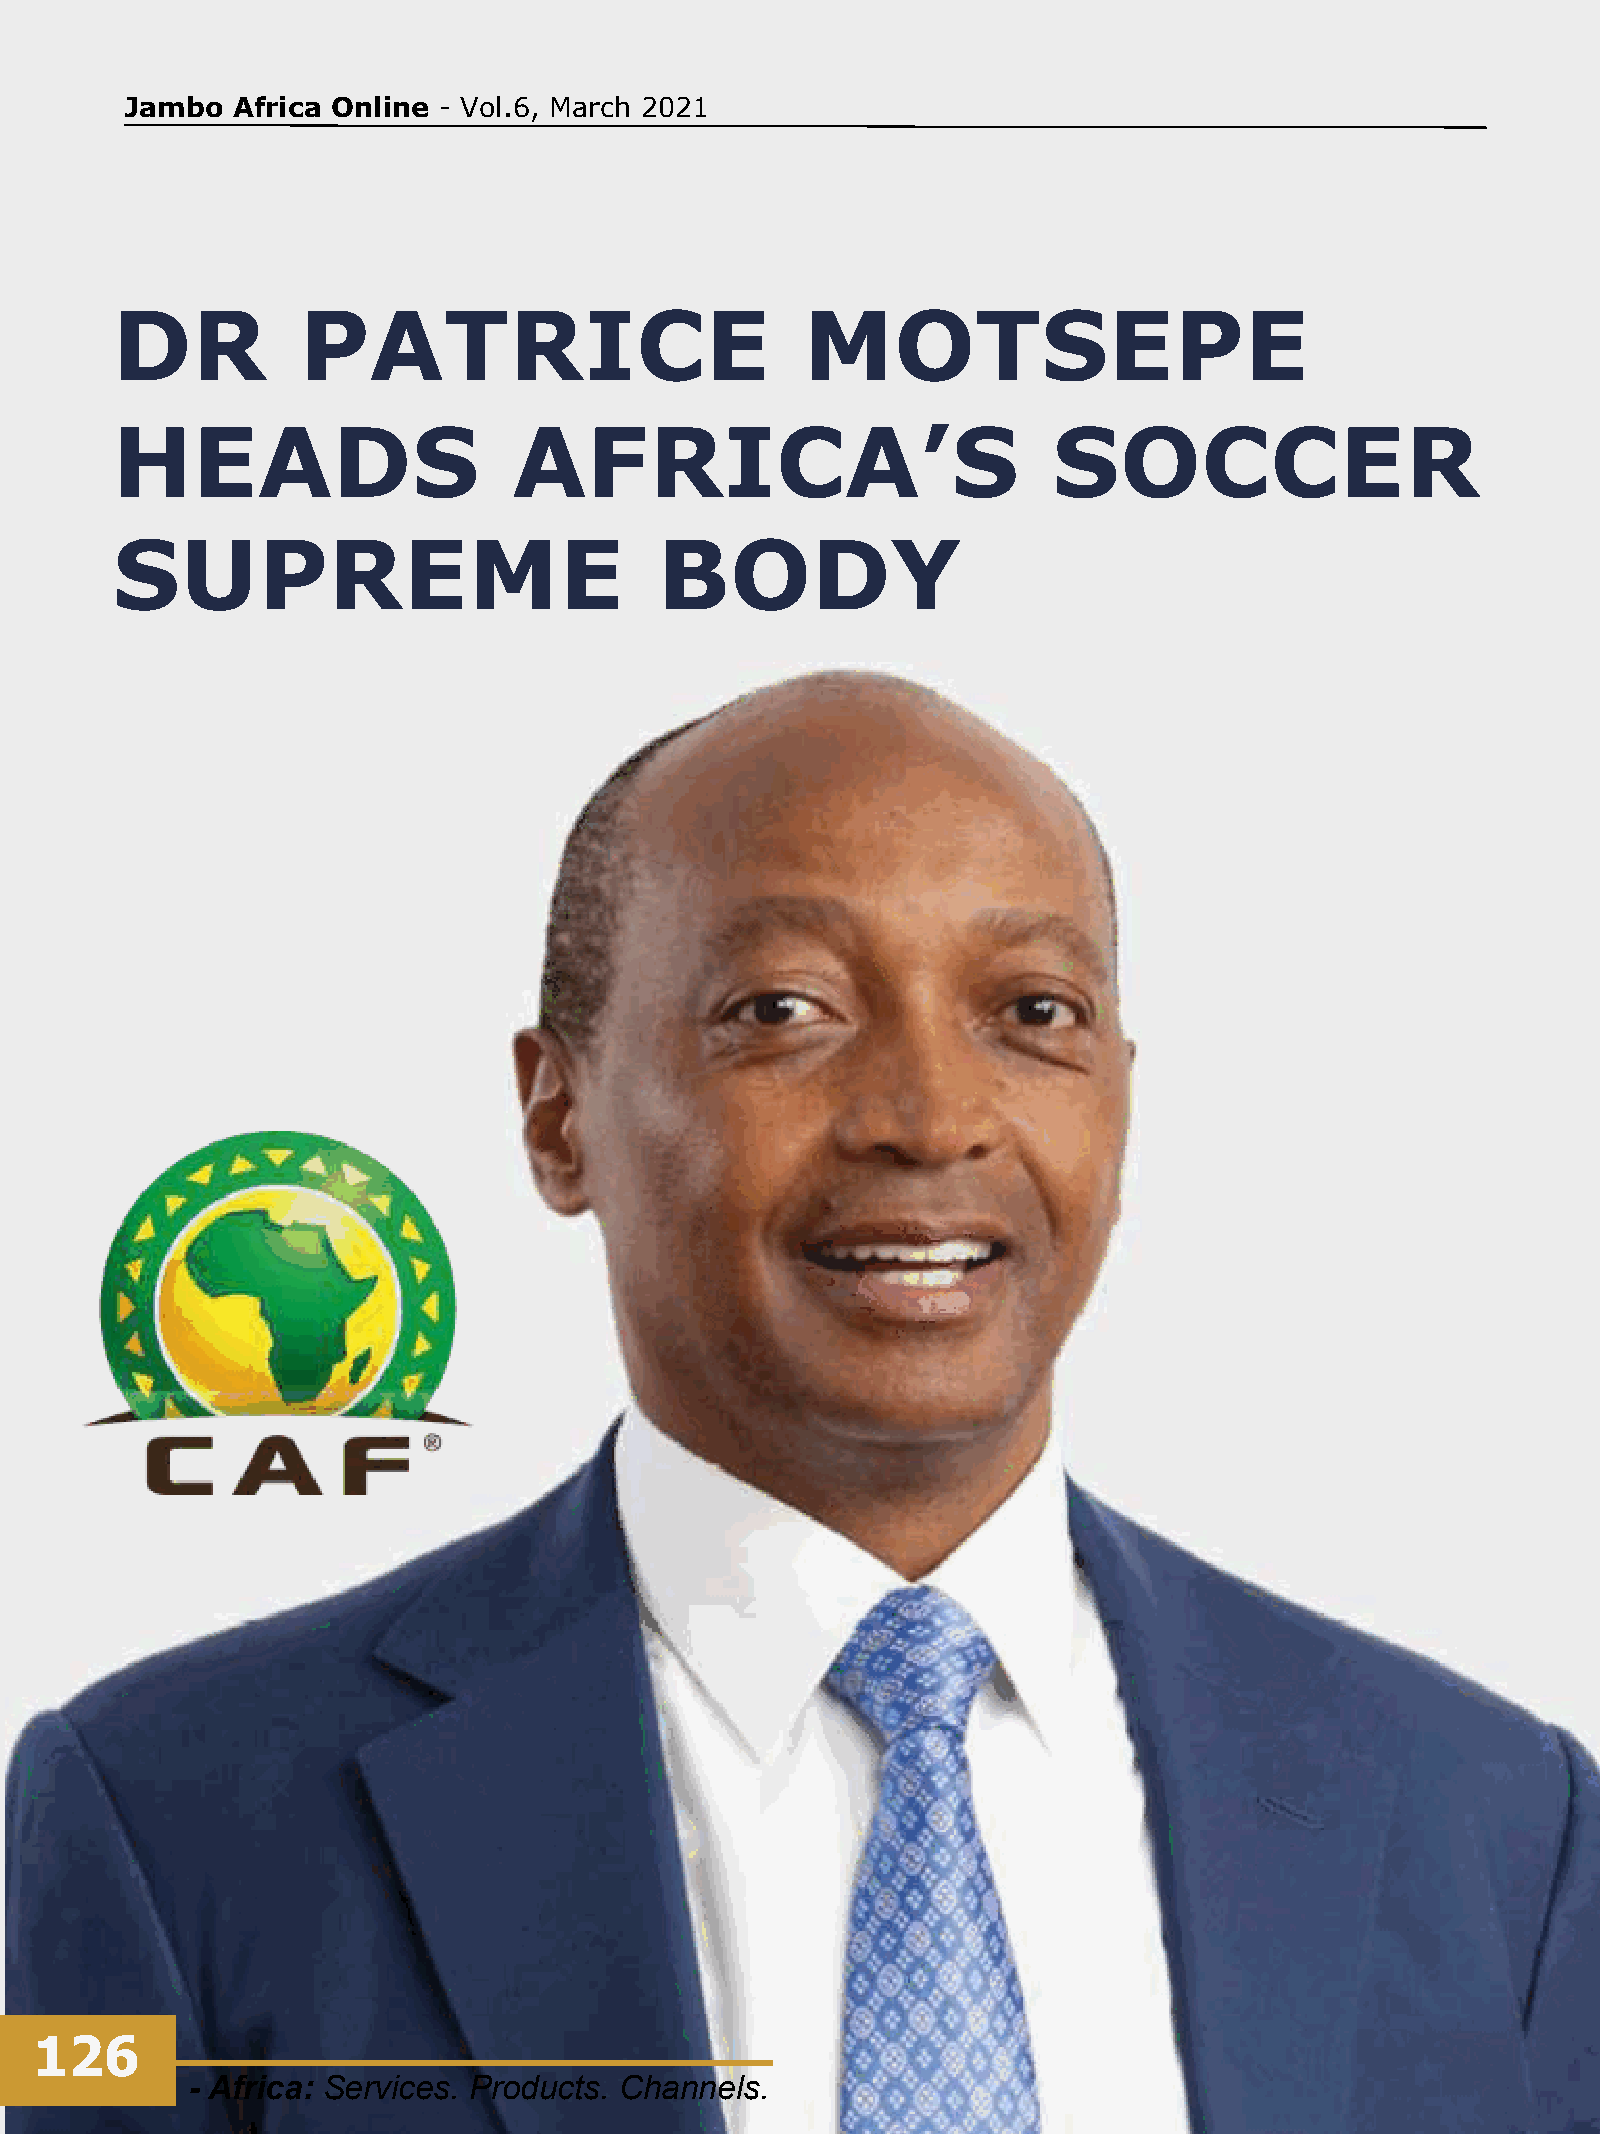
Jambo  Africa Online - Vol.6, March 2021
 DR           PATRICE                          MOTSEPE
 HEADS                      AFRICA’S                            SOCCER
 SUPREME                              BODY
 126
 - Africa: Services. Products. Channels.